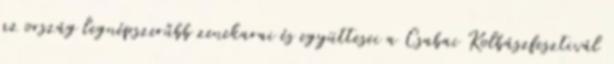
az ország legnépszerűbb zenekarai és együttesei a Csabai Kolbászfesztivál